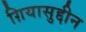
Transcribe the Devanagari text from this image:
ग़ियासुद्दीन